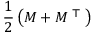
{ \frac { 1 } { 2 } } \left( M + M ^ { \textsf { T } } \right)